Document type: Enfranchisement
Year: 1297
Scribe: Jaume de Trilla
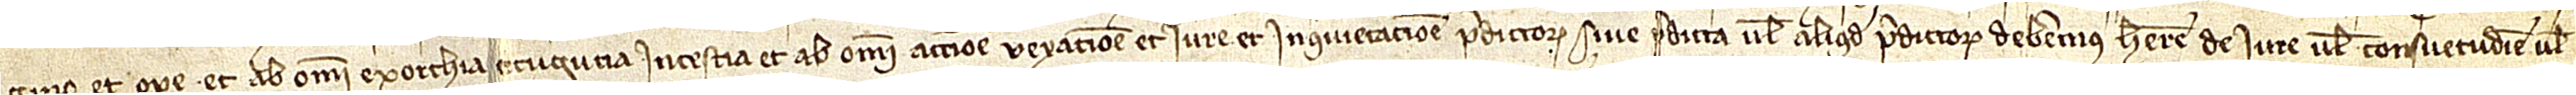
gino et opere, et ab omni exorchia, cugucia, intestia, et ab omni accione, vexacione et iure et inquietacione predictorum sive predicta vel aliquod predictorum deberemus habere de iure vel consuetudine vel